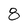
Character: 8